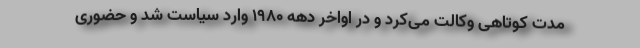
مدت کوتاهی وکالت می‌کرد و در اواخر دهه ۱۹۸۰ وارد سیاست شد و حضوری